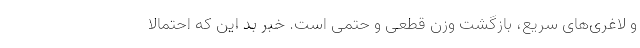
و لاغری‌های سریع، بازگشت وزن قطعی و حتمی است. خبر بد این‌ که احتمالا